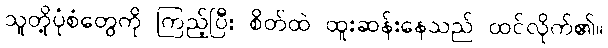
သူတို့ပုံစံတွေကို ကြည့်ပြီး စိတ်ထဲ ထူးဆန်းနေသည် ထင်လိုက်၏။